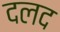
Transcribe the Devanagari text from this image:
दलद